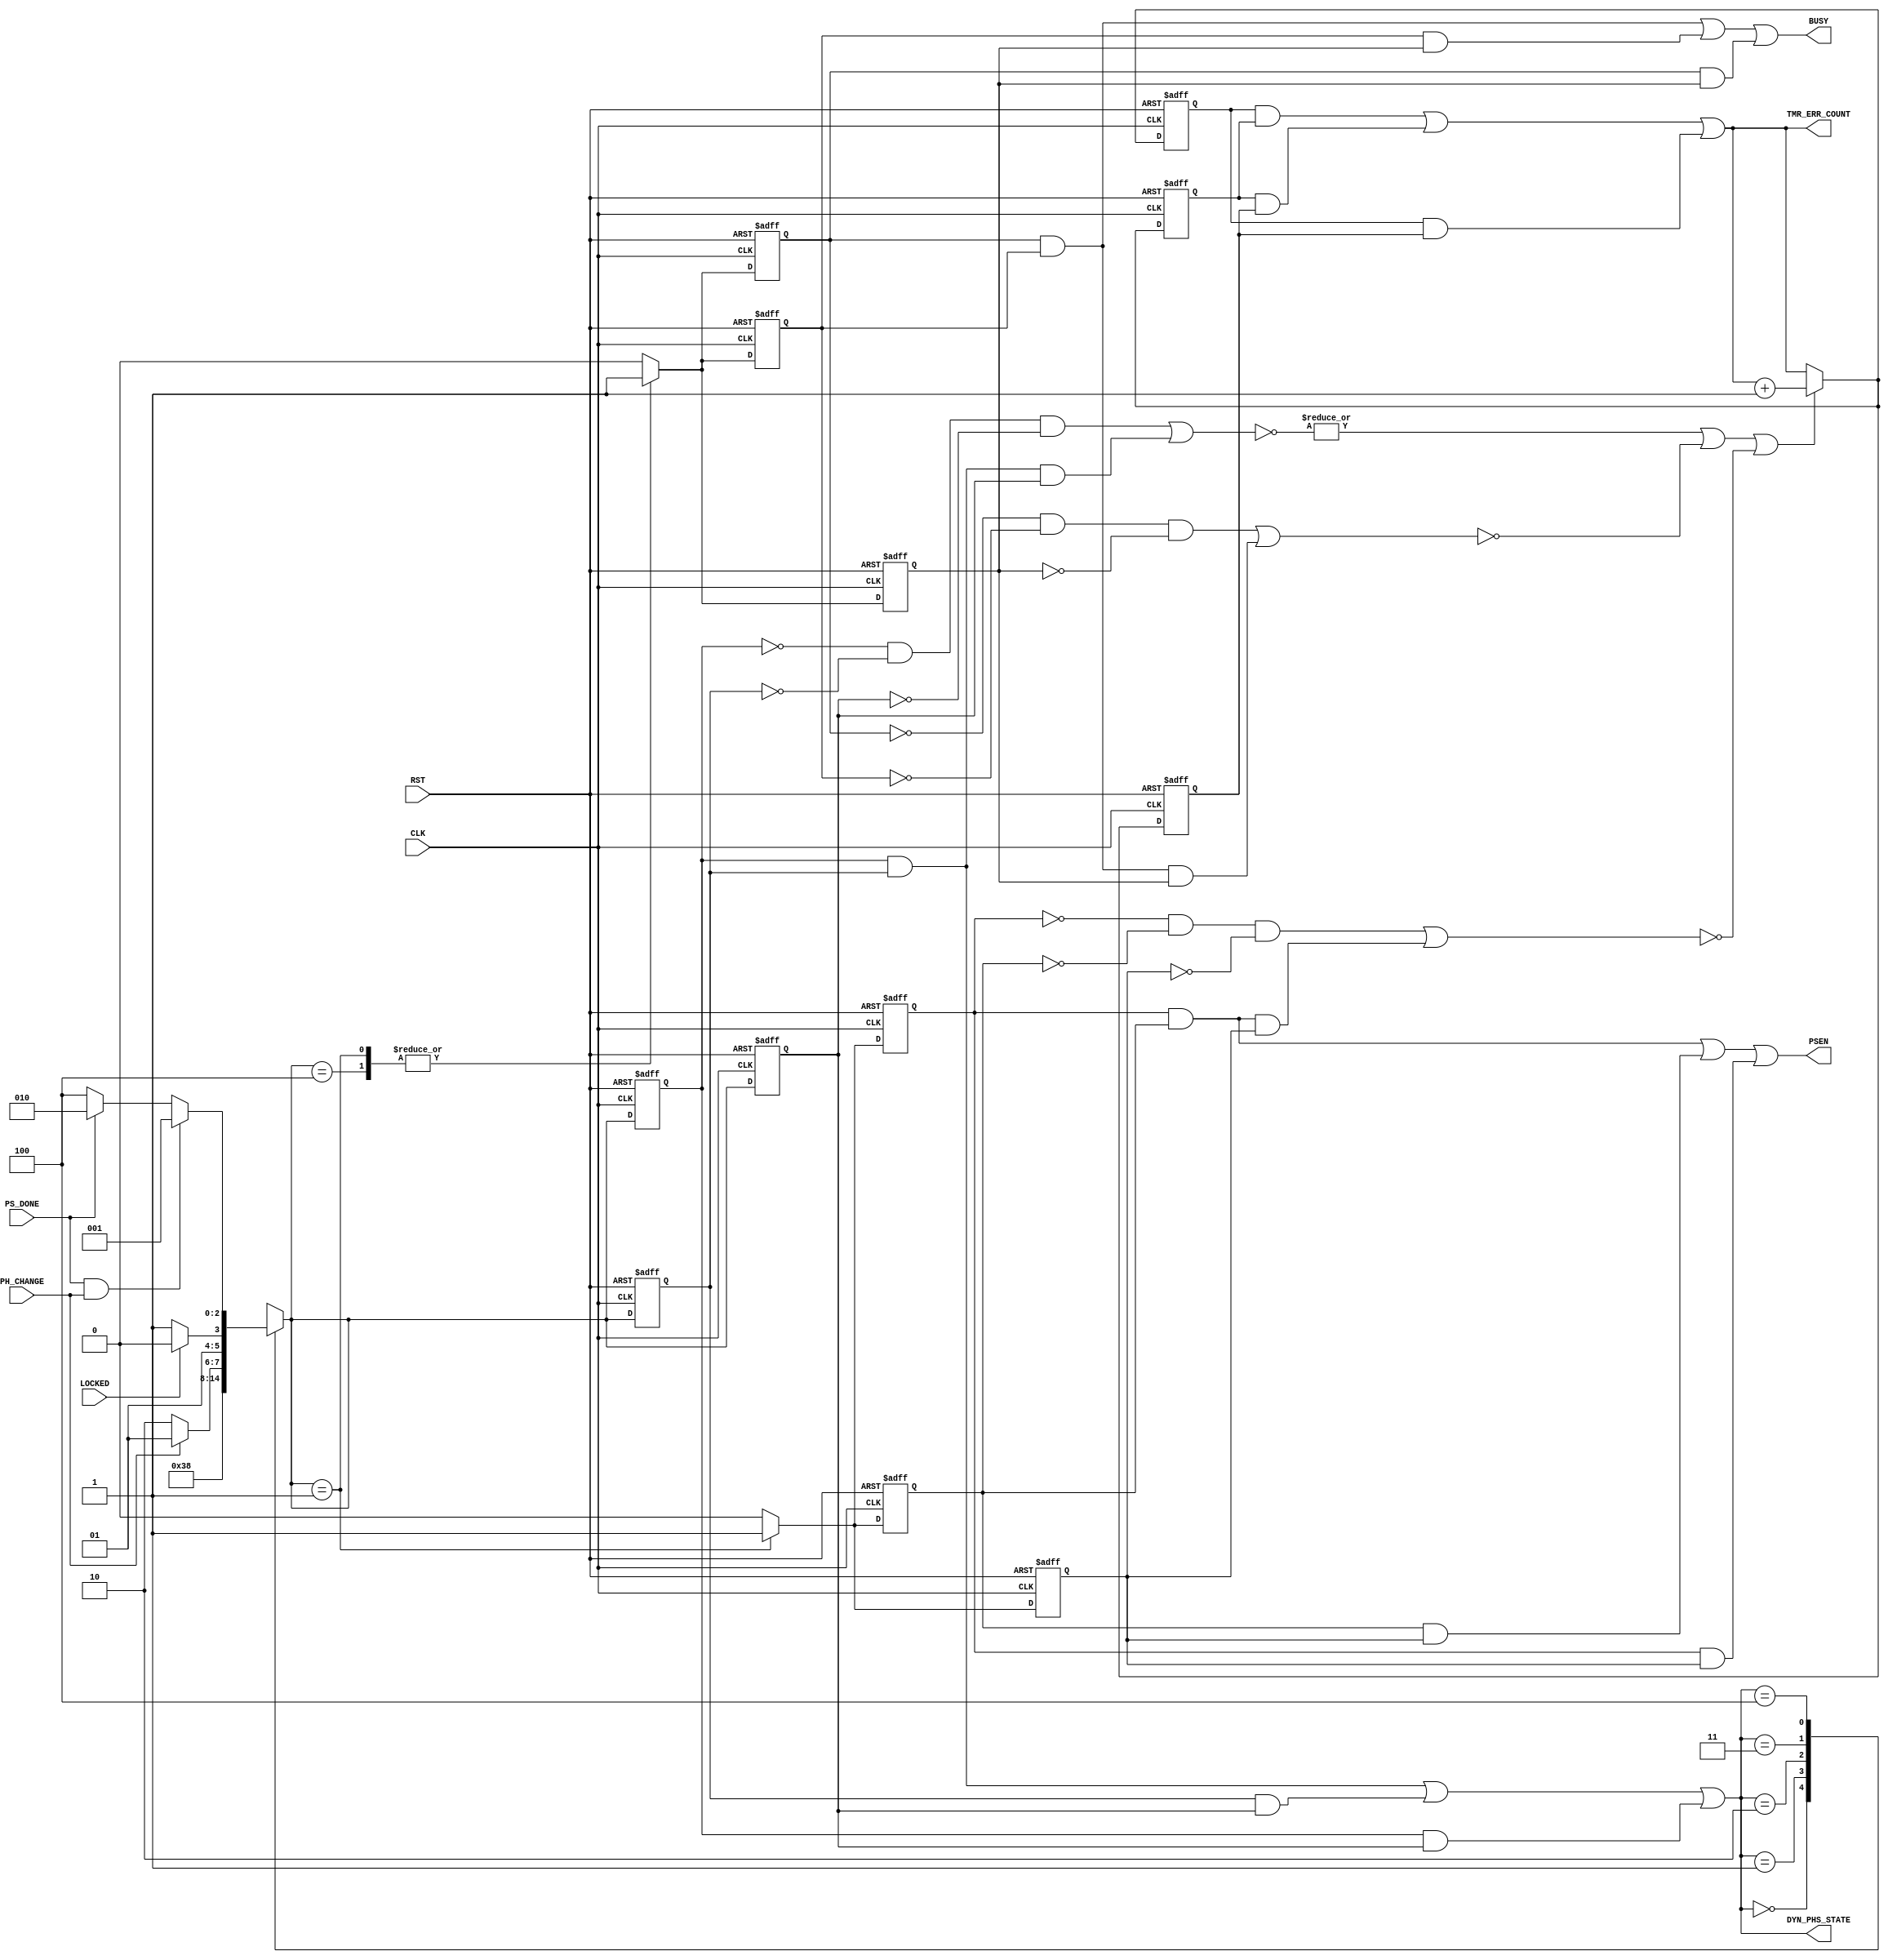

// Created by fizzim_tmr.pl version $Revision: 4.44 on 2014:08:25 at 17:29:04 (www.fizzim.com)

module dyn_phase_shift_FSM_TMR_Err_Det (
  output BUSY,
  output PSEN,
  output wire [2:0] DYN_PHS_STATE,
  output wire [15:0] TMR_ERR_COUNT,
  input CLK,
  input LOCKED,
  input PH_CHANGE,
  input PS_DONE,
  input RST 
);

  // state bits
  parameter 
  Idle      = 3'b000, 
  Inc_Dec   = 3'b001, 
  Standby   = 3'b010, 
  W4Lock    = 3'b011, 
  W4_PSDone = 3'b100; 

  (* syn_preserve = "true" *) reg [2:0] state_1;
  (* syn_preserve = "true" *) reg [2:0] state_2;
  (* syn_preserve = "true" *) reg [2:0] state_3;

  (* syn_keep = "true" *) wire [2:0] voted_state_1;
  (* syn_keep = "true" *) wire [2:0] voted_state_2;
  (* syn_keep = "true" *) wire [2:0] voted_state_3;

  (* syn_keep = "true" *) wire err_det_state_1;
  (* syn_keep = "true" *) wire err_det_state_2;
  (* syn_keep = "true" *) wire err_det_state_3;

  (* syn_preserve = "true" *) reg [15:0] ed_cnt_1;
  (* syn_preserve = "true" *) reg [15:0] ed_cnt_2;
  (* syn_preserve = "true" *) reg [15:0] ed_cnt_3;

  (* syn_keep = "true" *) wire [15:0] voted_ed_cnt_1;
  (* syn_keep = "true" *) wire [15:0] voted_ed_cnt_2;
  (* syn_keep = "true" *) wire [15:0] voted_ed_cnt_3;

  assign voted_state_1 = (state_1 & state_2) | (state_2 & state_3) | (state_1 & state_3); // Majority logic
  assign voted_state_2 = (state_1 & state_2) | (state_2 & state_3) | (state_1 & state_3); // Majority logic
  assign voted_state_3 = (state_1 & state_2) | (state_2 & state_3) | (state_1 & state_3); // Majority logic

  assign err_det_state_1 = |(~((~state_1 & ~state_2 & ~state_3) | (state_1 & state_2 & state_3))); // error detection logic
  assign err_det_state_2 = |(~((~state_1 & ~state_2 & ~state_3) | (state_1 & state_2 & state_3))); // error detection logic
  assign err_det_state_3 = |(~((~state_1 & ~state_2 & ~state_3) | (state_1 & state_2 & state_3))); // error detection logic

  assign voted_ed_cnt_1 = (ed_cnt_1 & ed_cnt_2) | (ed_cnt_2 & ed_cnt_3) | (ed_cnt_1 & ed_cnt_3); // Majority logic
  assign voted_ed_cnt_2 = (ed_cnt_1 & ed_cnt_2) | (ed_cnt_2 & ed_cnt_3) | (ed_cnt_1 & ed_cnt_3); // Majority logic
  assign voted_ed_cnt_3 = (ed_cnt_1 & ed_cnt_2) | (ed_cnt_2 & ed_cnt_3) | (ed_cnt_1 & ed_cnt_3); // Majority logic

  assign DYN_PHS_STATE = voted_state_1;
  assign TMR_ERR_COUNT = voted_ed_cnt_1;

  (* syn_keep = "true" *) reg [2:0] nextstate_1;
  (* syn_keep = "true" *) reg [2:0] nextstate_2;
  (* syn_keep = "true" *) reg [2:0] nextstate_3;

  (* syn_preserve = "true" *)  reg BUSY_1;
  (* syn_preserve = "true" *)  reg BUSY_2;
  (* syn_preserve = "true" *)  reg BUSY_3;
  (* syn_preserve = "true" *)  reg PSEN_1;
  (* syn_preserve = "true" *)  reg PSEN_2;
  (* syn_preserve = "true" *)  reg PSEN_3;
  (* syn_keep = "true" *)  wire err_det_BUSY_1;
  (* syn_keep = "true" *)  wire err_det_BUSY_2;
  (* syn_keep = "true" *)  wire err_det_BUSY_3;
  (* syn_keep = "true" *)  wire err_det_PSEN_1;
  (* syn_keep = "true" *)  wire err_det_PSEN_2;
  (* syn_keep = "true" *)  wire err_det_PSEN_3;
  (* syn_keep = "true" *)  wire err_det_1;
  (* syn_keep = "true" *)  wire err_det_2;
  (* syn_keep = "true" *)  wire err_det_3;

  // Assignment of outputs and flags to voted majority logic of replicated registers
  assign BUSY = (BUSY_1 & BUSY_2) | (BUSY_2 & BUSY_3) | (BUSY_1 & BUSY_3); // Majority logic
  assign PSEN = (PSEN_1 & PSEN_2) | (PSEN_2 & PSEN_3) | (PSEN_1 & PSEN_3); // Majority logic

  // Assignment of error detection logic to replicated signals
  assign err_det_BUSY_1 =  (~((~BUSY_1 & ~BUSY_2 & ~BUSY_3) | (BUSY_1 & BUSY_2 & BUSY_3))); // error detection logic
  assign err_det_BUSY_2 =  (~((~BUSY_1 & ~BUSY_2 & ~BUSY_3) | (BUSY_1 & BUSY_2 & BUSY_3))); // error detection logic
  assign err_det_BUSY_3 =  (~((~BUSY_1 & ~BUSY_2 & ~BUSY_3) | (BUSY_1 & BUSY_2 & BUSY_3))); // error detection logic
  assign err_det_PSEN_1 =  (~((~PSEN_1 & ~PSEN_2 & ~PSEN_3) | (PSEN_1 & PSEN_2 & PSEN_3))); // error detection logic
  assign err_det_PSEN_2 =  (~((~PSEN_1 & ~PSEN_2 & ~PSEN_3) | (PSEN_1 & PSEN_2 & PSEN_3))); // error detection logic
  assign err_det_PSEN_3 =  (~((~PSEN_1 & ~PSEN_2 & ~PSEN_3) | (PSEN_1 & PSEN_2 & PSEN_3))); // error detection logic


  // Assign 'OR' of all error detection signals
  assign err_det_1 = err_det_state_1   | err_det_BUSY_1   | err_det_PSEN_1  ;
  assign err_det_2 = err_det_state_2   | err_det_BUSY_2   | err_det_PSEN_2  ;
  assign err_det_3 = err_det_state_3   | err_det_BUSY_3   | err_det_PSEN_3  ;

  // comb always block
  always @* begin
    nextstate_1 = 3'bxxx; // default to x because default_state_is_x is set
    nextstate_2 = 3'bxxx; // default to x because default_state_is_x is set
    nextstate_3 = 3'bxxx; // default to x because default_state_is_x is set
    case (voted_state_1)
      Idle     :                                 nextstate_1 = W4Lock;
      Inc_Dec  :                                 nextstate_1 = W4_PSDone;
      Standby  : if      (PH_CHANGE)             nextstate_1 = Inc_Dec;
                 else                            nextstate_1 = Standby;
      W4Lock   : if      (LOCKED)                nextstate_1 = Standby;
                 else                            nextstate_1 = W4Lock;
      W4_PSDone: if      (PS_DONE && PH_CHANGE)  nextstate_1 = Inc_Dec;
                 else if (PS_DONE)               nextstate_1 = Standby;
                 else                            nextstate_1 = W4_PSDone;
    endcase
    case (voted_state_2)
      Idle     :                                 nextstate_2 = W4Lock;
      Inc_Dec  :                                 nextstate_2 = W4_PSDone;
      Standby  : if      (PH_CHANGE)             nextstate_2 = Inc_Dec;
                 else                            nextstate_2 = Standby;
      W4Lock   : if      (LOCKED)                nextstate_2 = Standby;
                 else                            nextstate_2 = W4Lock;
      W4_PSDone: if      (PS_DONE && PH_CHANGE)  nextstate_2 = Inc_Dec;
                 else if (PS_DONE)               nextstate_2 = Standby;
                 else                            nextstate_2 = W4_PSDone;
    endcase
    case (voted_state_3)
      Idle     :                                 nextstate_3 = W4Lock;
      Inc_Dec  :                                 nextstate_3 = W4_PSDone;
      Standby  : if      (PH_CHANGE)             nextstate_3 = Inc_Dec;
                 else                            nextstate_3 = Standby;
      W4Lock   : if      (LOCKED)                nextstate_3 = Standby;
                 else                            nextstate_3 = W4Lock;
      W4_PSDone: if      (PS_DONE && PH_CHANGE)  nextstate_3 = Inc_Dec;
                 else if (PS_DONE)               nextstate_3 = Standby;
                 else                            nextstate_3 = W4_PSDone;
    endcase
  end

  // Assign reg'd outputs to state bits

  // sequential always block
  always @(posedge CLK or posedge RST) begin
    if (RST) begin
      state_1 <= Idle;
      state_2 <= Idle;
      state_3 <= Idle;
      ed_cnt_1 <= 0;
      ed_cnt_2 <= 0;
      ed_cnt_3 <= 0;
    end
    else begin
      state_1 <= nextstate_1;
      state_2 <= nextstate_2;
      state_3 <= nextstate_3;
      ed_cnt_1 <= err_det_1 ? voted_ed_cnt_1 + 1 : voted_ed_cnt_1;
      ed_cnt_2 <= err_det_2 ? voted_ed_cnt_2 + 1 : voted_ed_cnt_2;
      ed_cnt_3 <= err_det_3 ? voted_ed_cnt_3 + 1 : voted_ed_cnt_3;
    end
  end

  // datapath sequential always block
  always @(posedge CLK or posedge RST) begin
    if (RST) begin
      BUSY_1 <= 0;
      BUSY_2 <= 0;
      BUSY_3 <= 0;
      PSEN_1 <= 0;
      PSEN_2 <= 0;
      PSEN_3 <= 0;
    end
    else begin
      BUSY_1 <= 0; // default
      BUSY_2 <= 0; // default
      BUSY_3 <= 0; // default
      PSEN_1 <= 0; // default
      PSEN_2 <= 0; // default
      PSEN_3 <= 0; // default
      case (nextstate_1)
        Inc_Dec  : begin
                          BUSY_1 <= 1;
                          PSEN_1 <= 1;
        end
        W4_PSDone:        BUSY_1 <= 1;
      endcase
      case (nextstate_2)
        Inc_Dec  : begin
                          BUSY_2 <= 1;
                          PSEN_2 <= 1;
        end
        W4_PSDone:        BUSY_2 <= 1;
      endcase
      case (nextstate_3)
        Inc_Dec  : begin
                          BUSY_3 <= 1;
                          PSEN_3 <= 1;
        end
        W4_PSDone:        BUSY_3 <= 1;
      endcase
    end
  end

  // This code allows you to see state names in simulation
  `ifndef SYNTHESIS
  reg [71:0] statename;
  always @* begin
    case (state_1)
      Idle     : statename = "Idle";
      Inc_Dec  : statename = "Inc_Dec";
      Standby  : statename = "Standby";
      W4Lock   : statename = "W4Lock";
      W4_PSDone: statename = "W4_PSDone";
      default  : statename = "XXXXXXXXX";
    endcase
  end
  `endif

endmodule